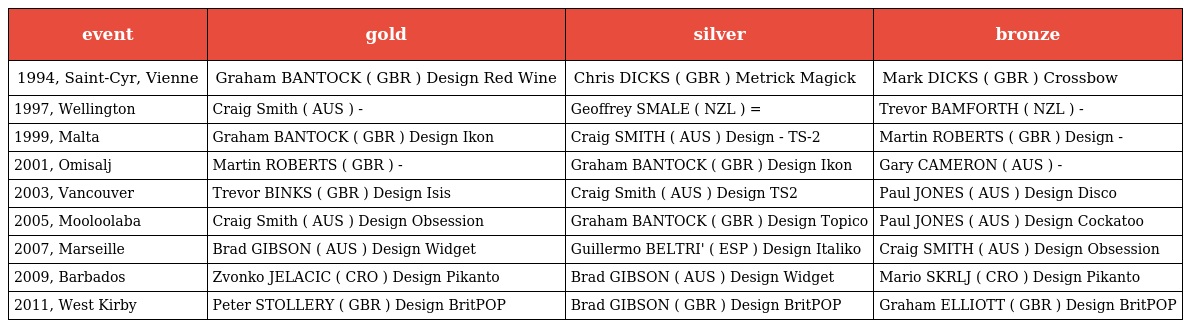
| event | gold | silver | bronze |
 | --- | --- | --- | --- |
 | 1994, Saint-Cyr, Vienne | Graham BANTOCK ( GBR ) Design Red Wine | Chris DICKS ( GBR ) Metrick Magick | Mark DICKS ( GBR ) Crossbow |
 | 1997, Wellington | Craig Smith ( AUS ) - | Geoffrey SMALE ( NZL ) = | Trevor BAMFORTH ( NZL ) - |
 | 1999, Malta | Graham BANTOCK ( GBR ) Design Ikon | Craig SMITH ( AUS ) Design - TS-2 | Martin ROBERTS ( GBR ) Design - |
 | 2001, Omisalj | Martin ROBERTS ( GBR ) - | Graham BANTOCK ( GBR ) Design Ikon | Gary CAMERON ( AUS ) - |
 | 2003, Vancouver | Trevor BINKS ( GBR ) Design Isis | Craig Smith ( AUS ) Design TS2 | Paul JONES ( AUS ) Design Disco |
 | 2005, Mooloolaba | Craig Smith ( AUS ) Design Obsession | Graham BANTOCK ( GBR ) Design Topico | Paul JONES ( AUS ) Design Cockatoo |
 | 2007, Marseille | Brad GIBSON ( AUS ) Design Widget | Guillermo BELTRI' ( ESP ) Design Italiko | Craig SMITH ( AUS ) Design Obsession |
 | 2009, Barbados | Zvonko JELACIC ( CRO ) Design Pikanto | Brad GIBSON ( AUS ) Design Widget | Mario SKRLJ ( CRO ) Design Pikanto |
 | 2011, West Kirby | Peter STOLLERY ( GBR ) Design BritPOP | Brad GIBSON ( GBR ) Design BritPOP | Graham ELLIOTT ( GBR ) Design BritPOP |